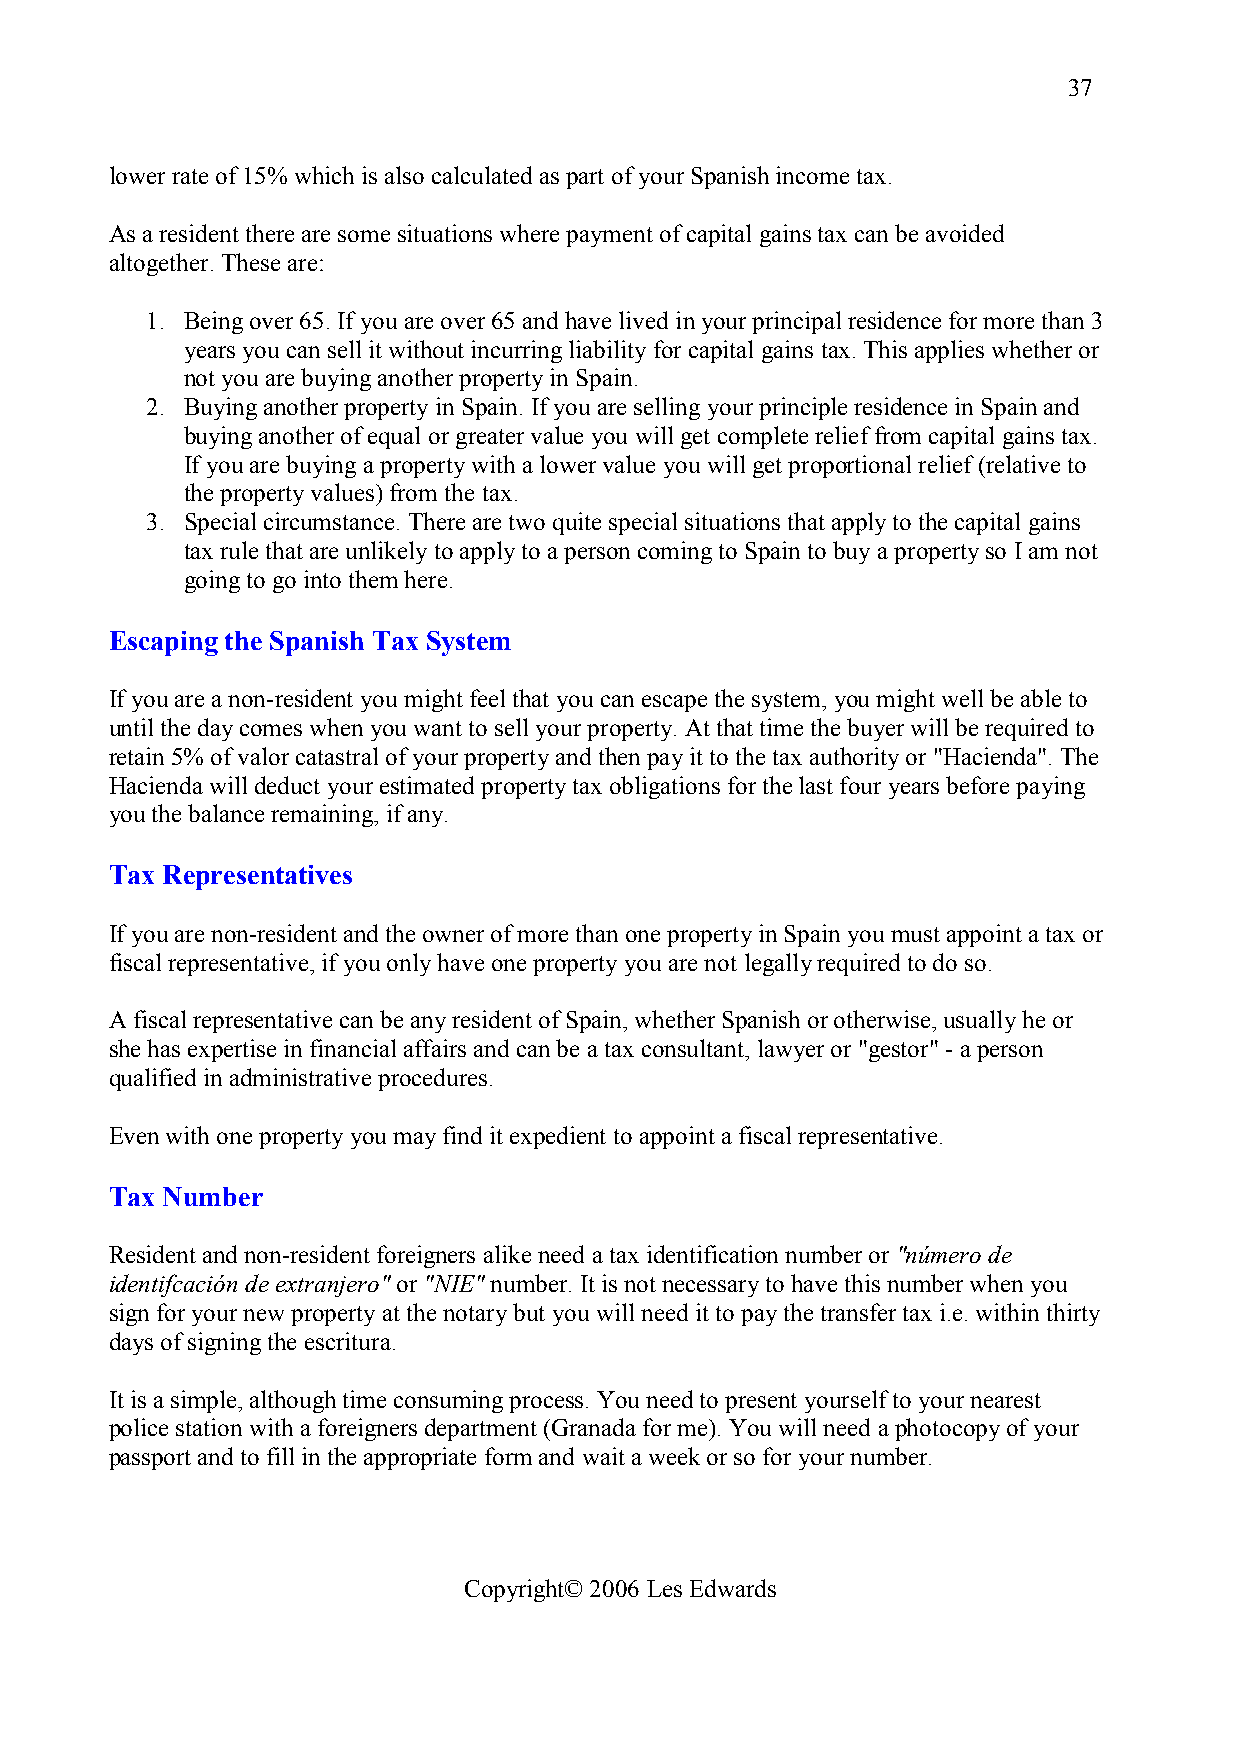
37
 lower rate of 15% which is also calculated as part of your Spanish income tax.
 As a resident there are some situations where payment of capital gains tax can be avoided
 altogether. These are:
 1. Being over 65. If you are over 65 and have lived in your principal residence for more than 3
 years you can sell it without incurring liability for capital gains tax. This applies whether or
 not you are buying another property in Spain.
 2. Buying another property in Spain. If you are selling your principle residence in Spain and
 buying another of equal or greater value you will get complete relief from capital gains tax.
 If you are buying a property with a lower value you will get proportional relief (relative to
 the property values) from the tax.
 3. Special circumstance. There are two quite special situations that apply to the capital gains
 tax rule that are unlikely to apply to a person coming to Spain to buy a property so I am not
 going to go into them here.
 Escaping the Spanish Tax System
 If you are a non-resident you might feel that you can escape the system, you might well be able to
 until the day comes when you want to sell your property. At that time the buyer will be required to
 retain 5% of valor catastral of your property and then pay it to the tax authority or "Hacienda". The
 Hacienda will deduct your estimated property tax obligations for the last four years before paying
 you the balance remaining, if any.
 Tax Representatives
 If you are non-resident and the owner of more than one property in Spain you must appoint a tax or
 fiscal representative, if you only have one property you are not legally required to do so.
 A fiscal representative can be any resident of Spain, whether Spanish or otherwise, usually he or
 she has expertise in financial affairs and can be a tax consultant, lawyer or "gestor" - a person
 qualified in administrative procedures.
 Even with one property you may find it expedient to appoint a fiscal representative.
 Tax Number
 Resident and non-resident foreigners alike need a tax identification number or "número de
 identifcación de extranjero" or "NIE" number. It is not necessary to have this number when you
 sign for your new property at the notary but you will need it to pay the transfer tax i.e. within thirty
 days of signing the escritura.
 It is a simple, although time consuming process. You need to present yourself to your nearest
 police station with a foreigners department (Granada for me). You will need a photocopy of your
 passport and to fill in the appropriate form and wait a week or so for your number.
 Copyright© 2006 Les Edwards